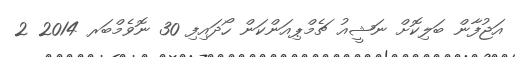
އަޖުފާން ބަލިކޮށް ނަޝީއު ޗެމްޕިއަންކަން ހޯދައިފި 30 ނޮވެމްބަރ 2014 2